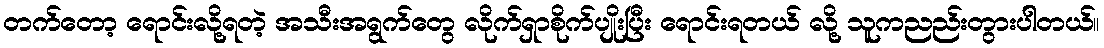
တက်တော့ ရောင်းလို့ရတဲ့ အသီးအရွက်တွေ လိုက်ရှာစိုက်ပျိုးပြီး ရောင်းရတယ် လို့ သူကညည်းတွားပါတယ်။